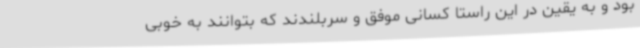
بود و به یقین در این راستا کسانی موفق و سربلندند که بتوانند به خوبی